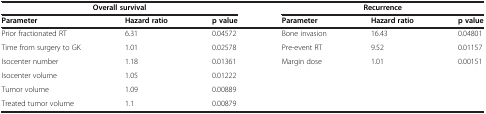
| <COLSPAN=3> Overall survival | <COLSPAN=3> Recurrence |
 | Parameter | Hazard ratio | p value | Parameter | Hazard ratio | p value |
 | --- | --- | --- | --- | --- | --- |
 | Prior fractionated RT | 6.31 | 0.04572 | Bone invasion | 16.43 | 0.04801 |
 | Time from surgery to GK | 1.01 | 0.02578 | Pre-event RT | 9.52 | 0.01157 |
 | Isocenter number | 1.18 | 0.01361 | Margin dose | 1.01 | 0.00151 |
 | Isocenter volume | 1.05 | 0.01222 |  |  |  |
 | Tumor volume | 1.09 | 0.00889 |  |  |  |
 | Treated tumor volume | 1.1 | 0.00879 |  |  |  |